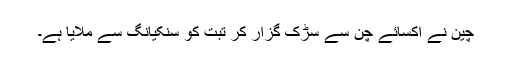
چین نے اکسائے چن سے سڑک گزار کر تبت کو سنکیانگ سے ملایا ہے۔